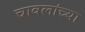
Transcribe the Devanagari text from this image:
चावलांच्या